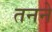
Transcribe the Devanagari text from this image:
तनने